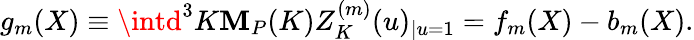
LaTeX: g_{m}(X)\equiv\intd^{3}K{\cal\mathbf{M}}_{P}(K)Z_{K}^{(m)}(u)_{|u=1}=f_{m}(X)-b_{m}(X).